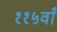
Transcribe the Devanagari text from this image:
११५वाँ